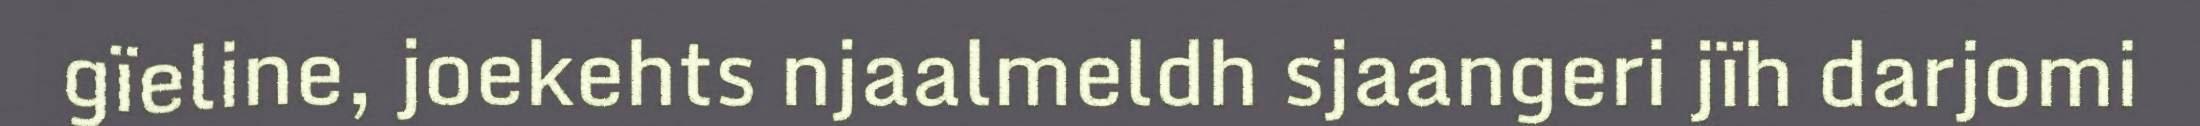
gïeline, joekehts njaalmeldh sjaangeri jïh darjomi